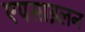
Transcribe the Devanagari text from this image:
एपसाइलन